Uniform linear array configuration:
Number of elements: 4
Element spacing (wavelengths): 1
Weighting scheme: hamming
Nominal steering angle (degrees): -45
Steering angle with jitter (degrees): -46.827
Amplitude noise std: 0.05
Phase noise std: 0.05

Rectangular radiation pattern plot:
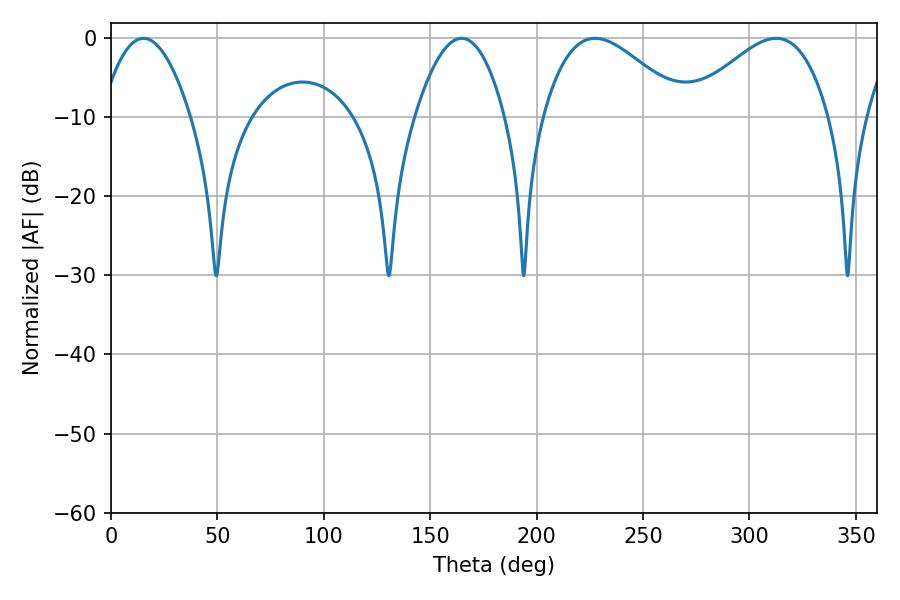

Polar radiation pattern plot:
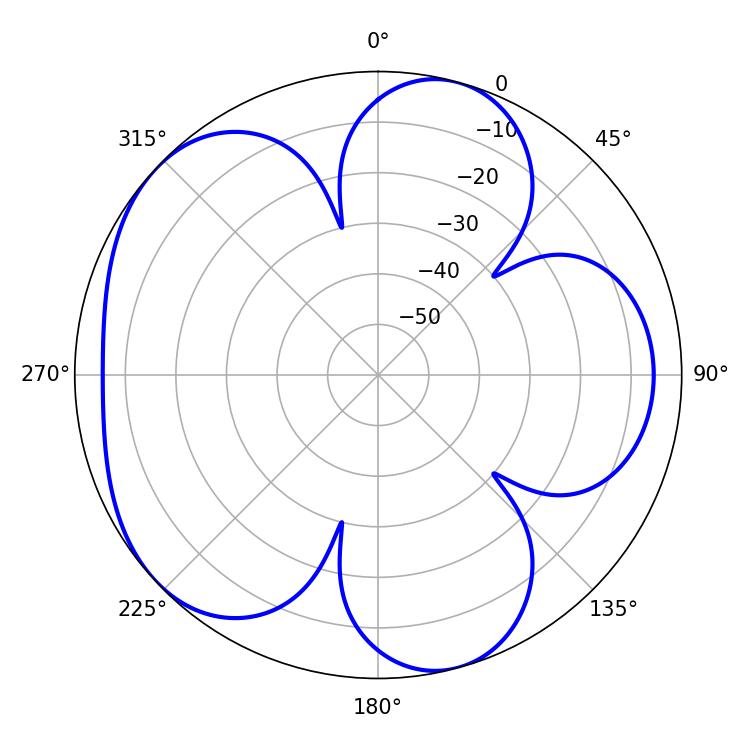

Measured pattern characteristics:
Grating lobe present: TRUE
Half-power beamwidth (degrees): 23.22
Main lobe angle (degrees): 15.3